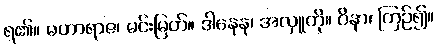
ရ၏။ မဟာရာဇ၊ မင်းမြတ်။ ဒါနေန၊ အလှူကို။ ဝိနာ၊ ကြဉ်၍။